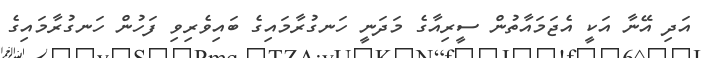
އަދި އޭނާ އަކީ އެޖަމައާތުން ސީރިއާގެ މަދަނީ ހަނގުރާމައިގެ ބައިވެރިވި ފަހުން ހަނގުރާމައިގެ